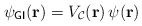
\begin{align*}\psi_{\sf GI}({\bf{r}})=V_{\cal{C}}({\bf{r}})\,\psi({\bf{r}})\end{align*}